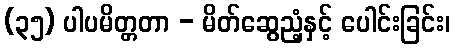
(၃၅) ပါပမိတ္တတာ - မိတ်ဆွေညံ့နှင့် ပေါင်းခြင်း၊